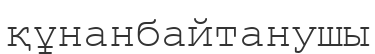
құнанбайтанушы